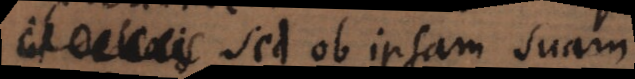
in deliciis sed ob ipsam suam